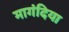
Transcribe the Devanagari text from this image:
मागंदिया